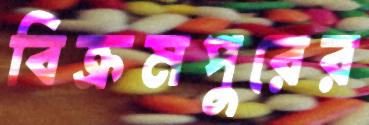
বিক্রমপুরের